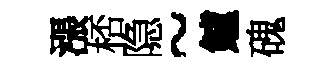
漲桮隐~鱸磈